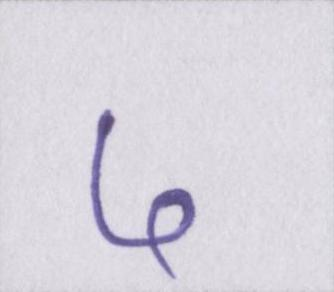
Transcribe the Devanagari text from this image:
५